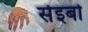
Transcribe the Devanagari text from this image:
सेइबो